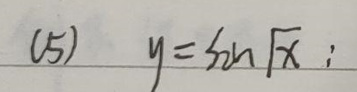
(5) \(y = \sin\sqrt{x}\);